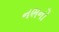
નભનો